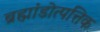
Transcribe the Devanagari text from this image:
ब्रह्मांडोत्पत्तिक